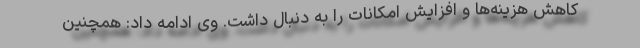
کاهش هزینه‌ها و افزایش امکانات را به دنبال داشت. وی ادامه داد: همچنین